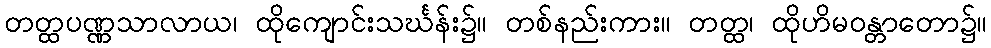
တတ္ထပဏ္ဏသာလာယ၊ ထိုကျောင်းသင်္ဃန်း၌။ တစ်နည်းကား။ တတ္ထ၊ ထိုဟိမဝန္တာတော၌။